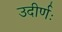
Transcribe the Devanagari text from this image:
उदीर्णः